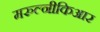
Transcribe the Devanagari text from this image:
मरुल्नीकिआर